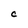
Character: C